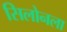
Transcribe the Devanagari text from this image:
सिलोनला